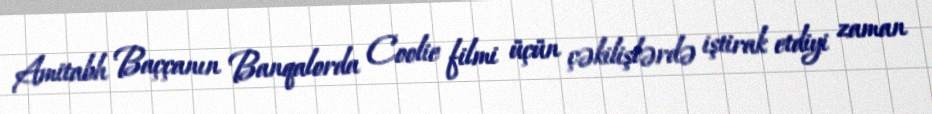
Amitabh Baççanın Banqalorda Coolie filmi üçün çəkilişlərdə iştirak etdiyi zaman